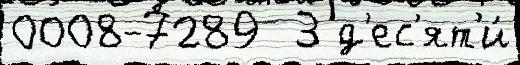
0008-7289  3 д'ес'ят'и́